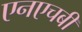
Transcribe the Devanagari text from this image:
एनएचबी